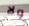
ولا